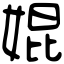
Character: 婫